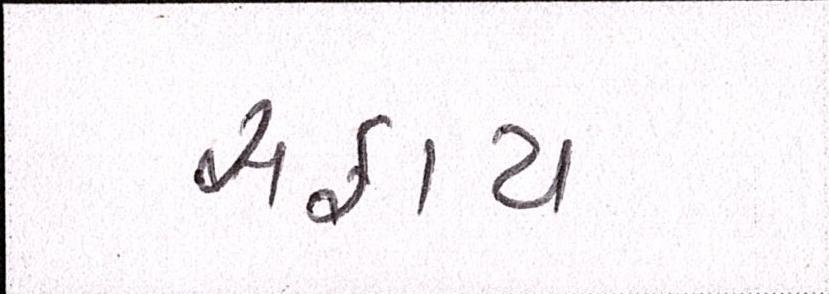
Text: સફાય